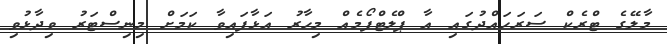
މާލޭގެ ޓްރެކް ސަރަހައްދުގައި އާ ޕްލެޓްފޯމެއް މިހާރު އަޅާފައިވާ ކަމަށް މިނިސްޓަރު ވިދާޅުވި